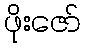
ဖိုးဇော်